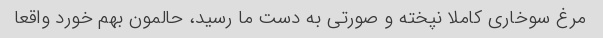
مرغ سوخاری کاملا نپخته و صورتی به دست ما رسید، حالمون بهم خورد واقعا